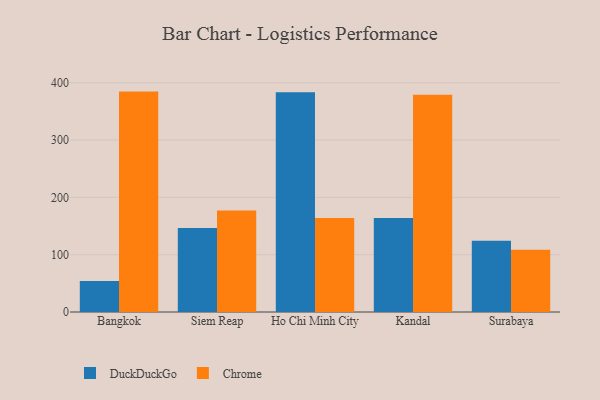
{"axis": {"x": "City", "y": "Headcount"}, "legend": ["Chrome", "DuckDuckGo"], "data": [{"x": "Bangkok", "y": 54.2, "type": "DuckDuckGo"}, {"x": "Bangkok", "y": 384.5, "type": "Chrome"}, {"x": "Siem Reap", "y": 146.6, "type": "DuckDuckGo"}, {"x": "Siem Reap", "y": 177.0, "type": "Chrome"}, {"x": "Ho Chi Minh City", "y": 383.3, "type": "DuckDuckGo"}, {"x": "Ho Chi Minh City", "y": 163.8, "type": "Chrome"}, {"x": "Kandal", "y": 164.2, "type": "DuckDuckGo"}, {"x": "Kandal", "y": 379.1, "type": "Chrome"}, {"x": "Surabaya", "y": 124.5, "type": "DuckDuckGo"}, {"x": "Surabaya", "y": 108.6, "type": "Chrome"}]}